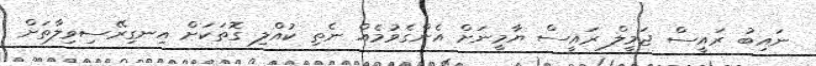
ނައިބު ރައީސް ޖަމީލް ރައީސް ޔާމީނަށް އެންގެވުމެއް ނެތި ކުއްލި ގޮތަކަށް އިނގިރޭސިވިލާތަށް